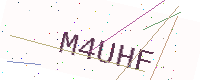
Text: M4UHF